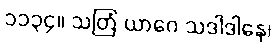
၁၁၃၄။ သတြံ ယာဂေ သဒါဒါနေ၊